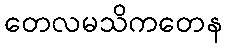
တေလမသိကတေန